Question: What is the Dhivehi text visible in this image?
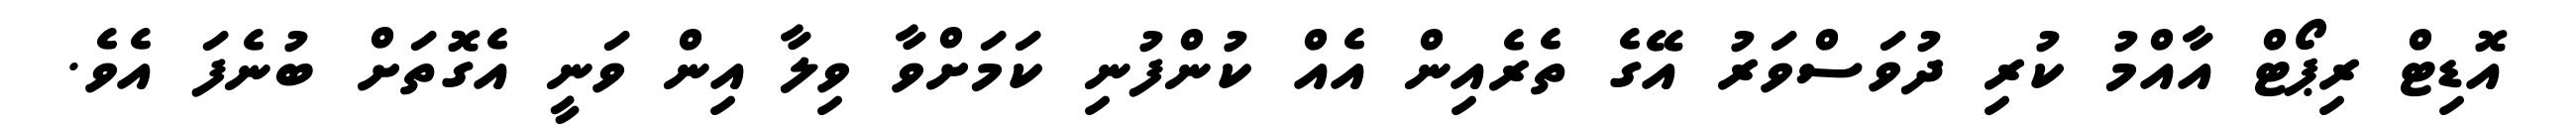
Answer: އޮޑިޓް ރިޕޯޓް އާއްމު ކުރި ދުވަސްވަރު އޭގެ ތެރެއިން އެއް ކުންފުނި ކަމަށްވާ ވިލާ އިން ވަނީ އެގޮތަށް ބުނެފަ އެވެ.